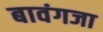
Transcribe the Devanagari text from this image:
बावंगजा